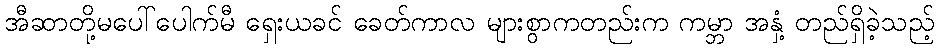
အီဆာတို့မပေါ်ပေါက်မီ ရှေးယခင် ခေတ်ကာလ များစွာကတည်းက ကမ္ဘာ အနှံ့ တည်ရှိခဲ့သည့်